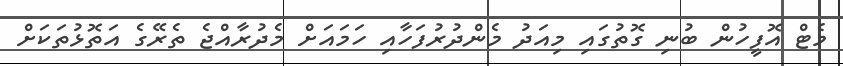
މެޓް އޮފީހުން ބުނި ގޮތުގައި މިއަދު މެންދުރުފަހާއި ހަމައަށް މެދުރާއްޖެ ތެރޭގެ އަތޮޅުތަކަށް